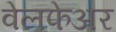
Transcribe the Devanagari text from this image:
वेलफेअर